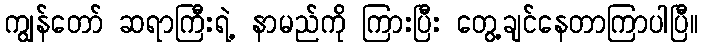
ကျွန်တော် ဆရာကြီးရဲ့ နာမည်ကို ကြားပြီး တွေ့ချင်နေတာကြာပါပြီ။